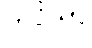
ကပ္ပိယာ